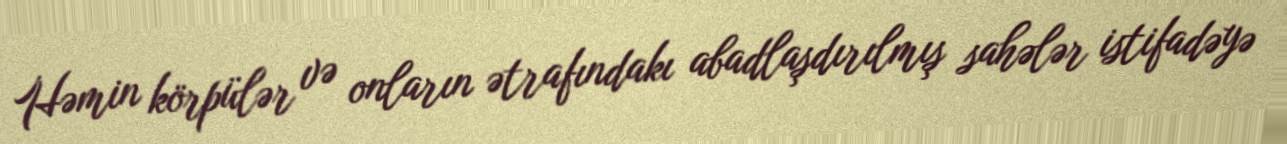
Həmin körpülər və onların ətrafındakı abadlaşdırılmış sahələr istifadəyə